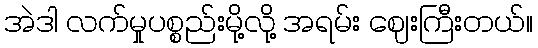
အဲဒါ လက်မှုပစ္စည်းမို့လို့ အရမ်း ဈေးကြီးတယ်။